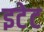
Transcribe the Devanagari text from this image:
इटेट